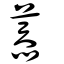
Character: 菾